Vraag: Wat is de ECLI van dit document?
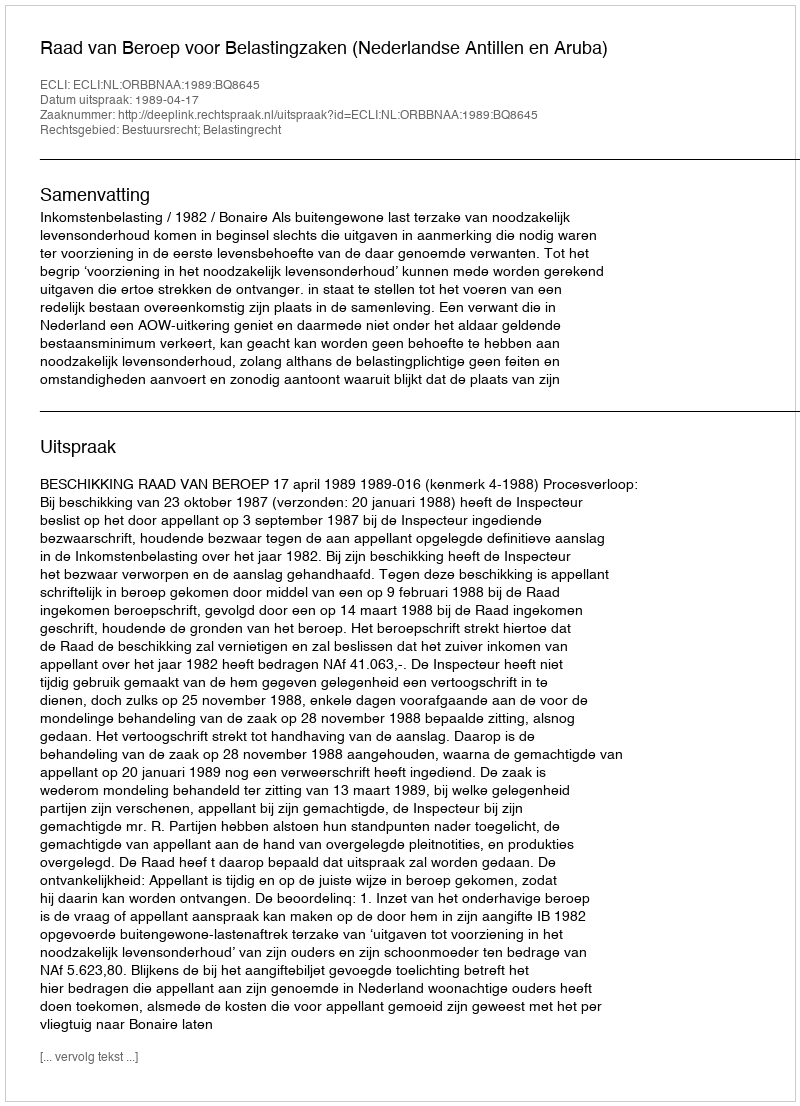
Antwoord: ECLI:NL:ORBBNAA:1989:BQ8645